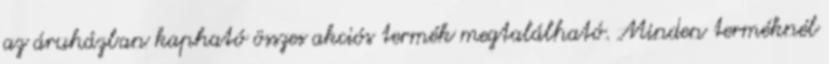
az áruházban kapható összes akciós termék megtalálható. Minden terméknél